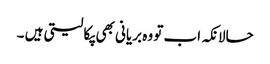
حالانکہ اب تو وہ بریانی بھی پکا لیتی ہیں ۔